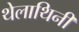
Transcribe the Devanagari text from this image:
थेलाथिनी